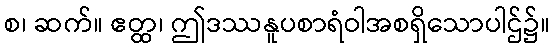
စ၊ ဆက်။ ဧတ္ထ၊ ဤဒဿနူပစာရံဝါအစရှိသောပါဌ်၌။